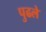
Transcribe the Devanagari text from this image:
पुढले